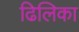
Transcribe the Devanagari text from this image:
ढिलिका